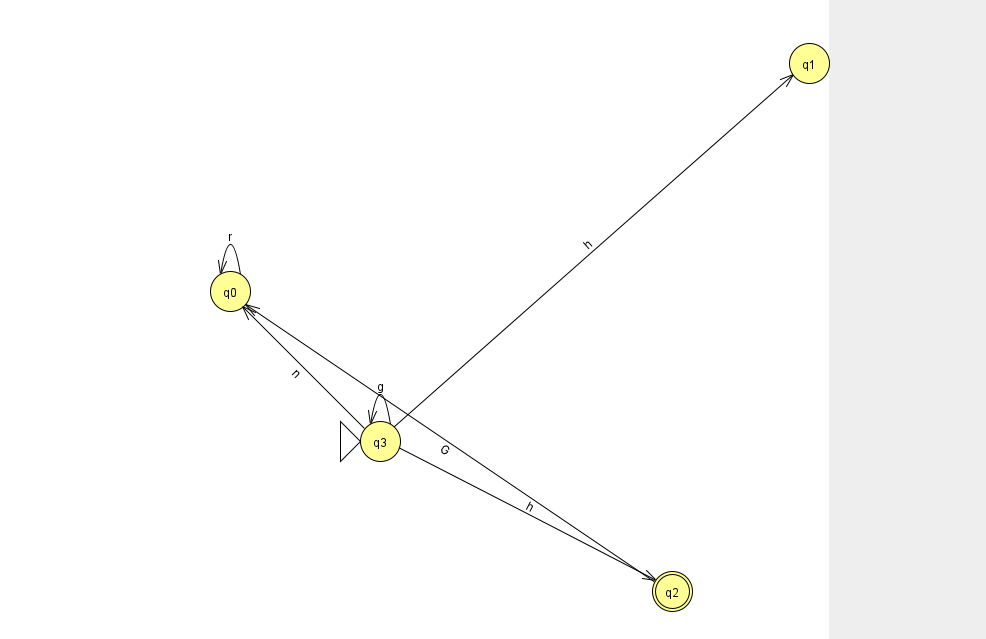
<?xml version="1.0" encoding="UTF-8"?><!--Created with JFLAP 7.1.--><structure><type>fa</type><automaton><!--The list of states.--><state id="0" name="q0"><x>230.0</x><y>278.0</y></state><state id="1" name="q1"><x>809.0</x><y>50.0</y></state><state id="2" name="q2"><x>672.0</x><y>578.0</y><final/></state><state id="3" name="q3"><x>380.0</x><y>428.0</y><initial/></state><!--The list of transitions.--><transition><from>3</from><to>1</to><read>h</read></transition><transition><from>0</from><to>0</to><read>r</read></transition><transition><from>3</from><to>0</to><read>n</read></transition><transition><from>3</from><to>3</to><read>g</read></transition><transition><from>3</from><to>2</to><read>h</read></transition><transition><from>2</from><to>0</to><read>G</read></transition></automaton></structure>